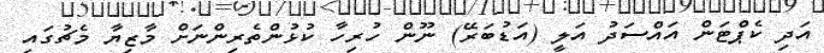
އަދި ކެޕްޓަން އައްސަދު އަލީ (އަޑުބަރޭ) ނޫން ހުރިހާ ކުޅުންތެރިންނަށް މާޒިޔާ މެޗުގައި